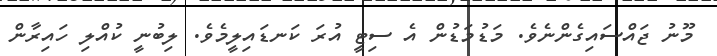
މޫނު ޖައްސައިގެންނެވެ. މަޑުމަޑުން އެ ސިޓީ އުރަ ކަނޑައިލީމެވެ. ލިބުނީ ކުއްލި ހައިރާން